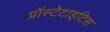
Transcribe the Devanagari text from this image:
प्रॉस्टेटाइटिस